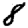
Digit: 8